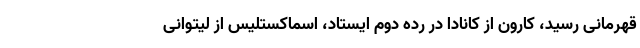
قهرمانی رسید، کارون از کانادا در رده دوم ایستاد، اسماکستلیس از لیتوانی